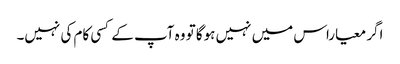
اگر معیاراس میں نہیں ہوگا تو وہ آپ کے کسی کام کی نہیں۔